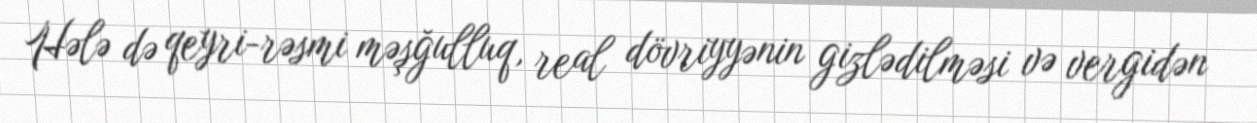
Hələ də qeyri-rəsmi məşğulluq, real dövriyyənin gizlədilməsi və vergidən